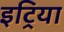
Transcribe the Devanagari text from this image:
इट्रिया